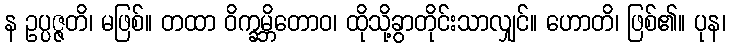
န ဥပ္ပဇ္ဇတိ၊ မဖြစ်။ တထာ ဝိက္ခမ္ဘိတောဝ၊ ထိုသို့ခွာတိုင်းသာလျှင်။ ဟောတိ၊ ဖြစ်၏။ ပုန၊